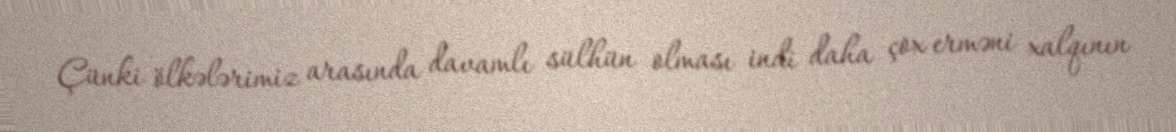
Çünki ölkələrimiz arasında davamlı sülhün olması indi daha çox erməni xalqının